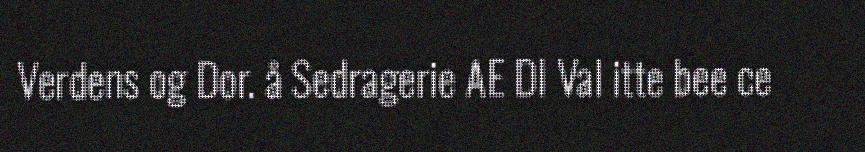
Verdens og Dor. å Sedragerie AE DI Val itte bee ce